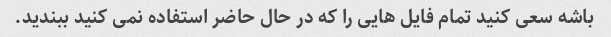
باشه سعی کنید تمام فایل هایی را که در حال حاضر استفاده نمی کنید ببندید.